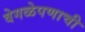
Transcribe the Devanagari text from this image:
वेगळेपणाची